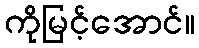
ကိုမြင့်အောင်။